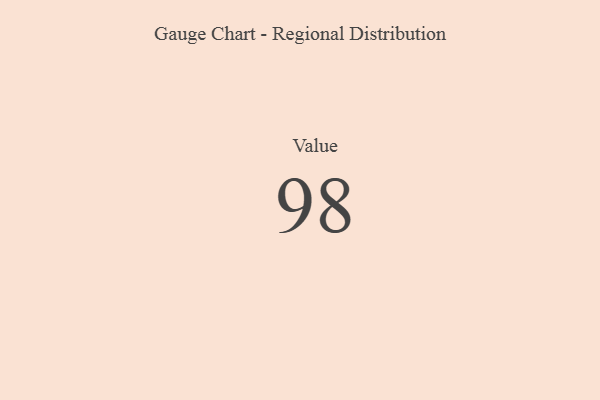
{"axis": {"x": "Metric", "y": "Value"}, "legend": [""], "data": [{"x": "Value", "y": 98, "type": ""}]}